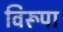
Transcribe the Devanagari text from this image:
विरूपा